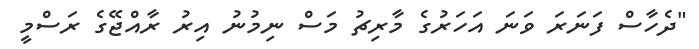
"ދެހާސް ފަނަރަ ވަނަ އަހަރުގެ މާރިޗު މަސް ނިމުނު އިރު ރާއްޖޭގެ ރަސްމީ